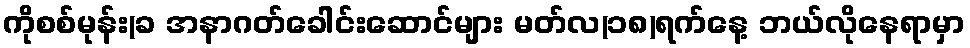
ကိုစစ်မုန်း(ခ အနာဂတ်ခေါင်းဆောင်များ မတ်လ(၁၈)ရက်နေ့ ဘယ်လိုနေရာမှာ